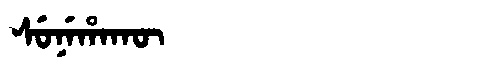
Manchu: ᠰᡠᠨᡝᡥᠠᡴᡡ
Romanization: SUNEHAKŪ